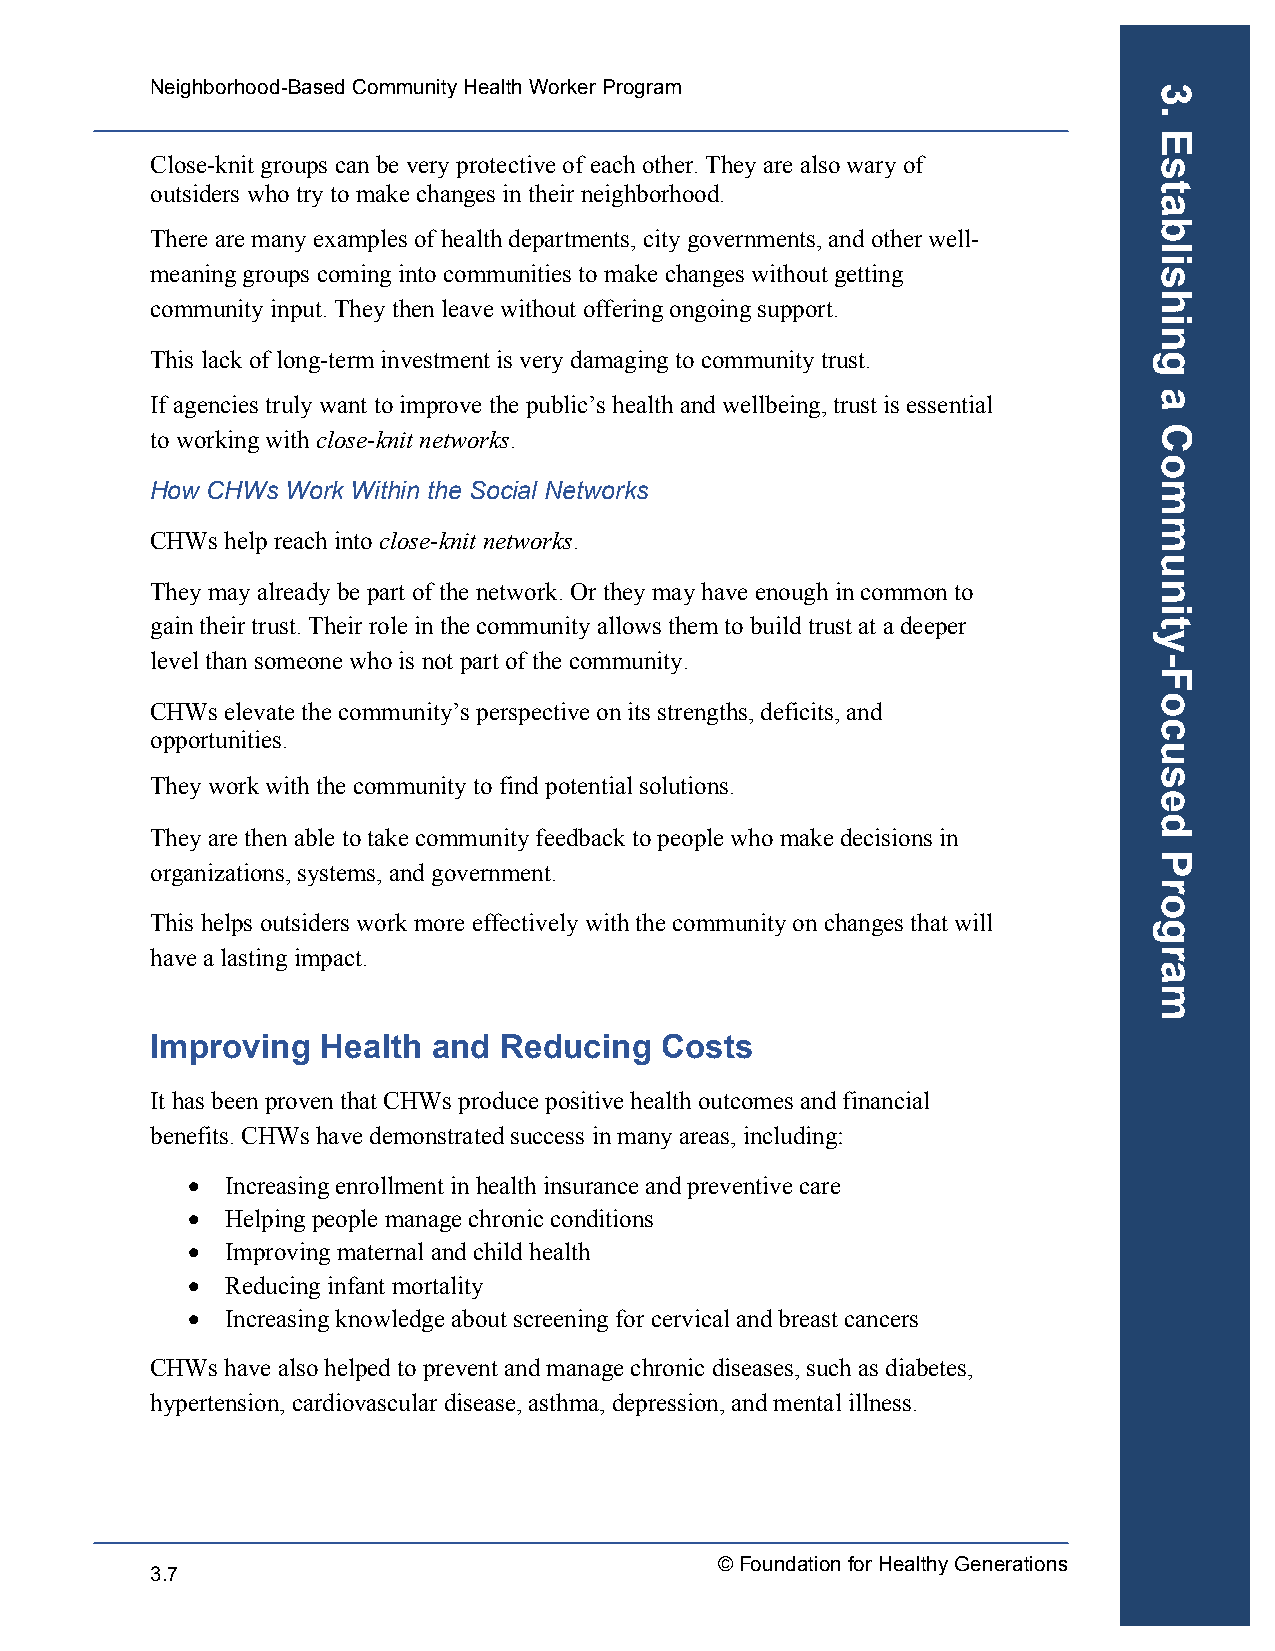
Neighborhood-Based Community Health Worker Program
 Close-knit groups can be very protective of each other. They are also wary of
 outsiders who try to make changes in their neighborhood.
 There are many examples of health departments, city governments, and other well-
 meaning groups coming into communities to make changes without getting
 community input. They then leave without offering ongoing support.
 This lack of long-term investment is very damaging to community trust.
 If agencies truly want to improve the public’s health and wellbeing, trust is essential
 to working with close-knit networks.
 How CHWs Work Within the Social Networks
 CHWs help reach into close-knit networks.
 They may already be part of the network. Or they may have enough in common to
 gain their trust. Their role in the community allows them to build trust at a deeper
 level than someone who is not part of the community.
 CHWs elevate the community’s perspective on its strengths, deficits, and
 opportunities.
 They work with the community to find potential solutions.
 They are then able to take community feedback to people who make decisions in
 organizations, systems, and government.
 This helps outsiders work more effectively with the community on changes that will
 have a lasting impact.
 Improving  Health  and Reducing   Costs
 It has been proven that CHWs produce positive health outcomes and financial
 benefits. CHWs have demonstrated success in many areas, including:
 •  Increasing enrollment in health insurance and preventive care
 •  Helping people manage chronic conditions
 •  Improving maternal and child health
 •  Reducing infant mortality
 •  Increasing knowledge about screening for cervical and breast cancers
 CHWs have also helped to prevent and manage chronic diseases, such as diabetes,
 hypertension, cardiovascular disease, asthma, depression, and mental illness.
 © Foundation for Healthy Generations
 3.7
 3.
 Establishing
 a
 Community-Focused
 Program